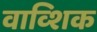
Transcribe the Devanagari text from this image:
वाव्शिक